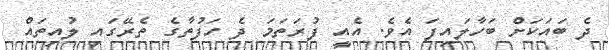
ދެ ބައަކަށް ބަހާލައިފަ އެވެ. އެއީ ފުރަތަމަ ދެ ހަފުތާގެ ތެރޭގައި ލުއިތައް